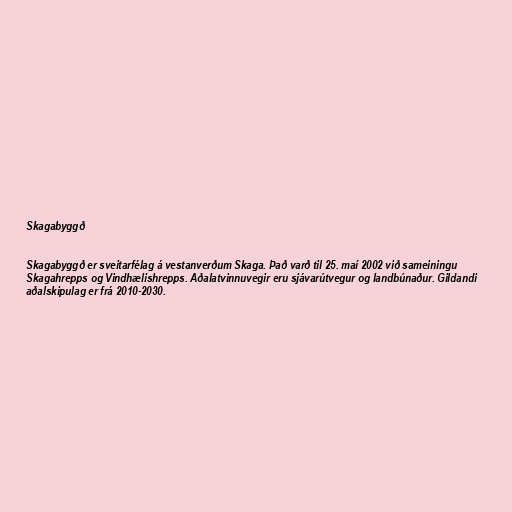
Skagabyggð

Skagabyggð er sveitarfélag á vestanverðum Skaga. Það varð til 25. maí 2002 við sameiningu
Skagahrepps og Vindhælishrepps. Aðalatvinnuvegir eru sjávarútvegur og landbúnaður. Gildandi
aðalskipulag er frá 2010-2030.